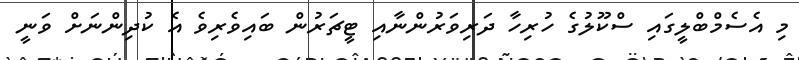
މި އެސެމްބްލީގައި ސްކޫލުގެ ހުރިހާ ދަރިވަރުންނާއި ޓީޗަރުން ބައިވެރިވެ އެ ކުދިންނަށް ވަނީ